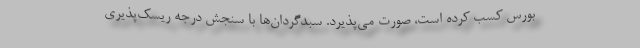
بورس کسب کرده است، صورت می‌پذیرد. سبدگردان‌ها با سنجش درجه ریسک‌پذیری